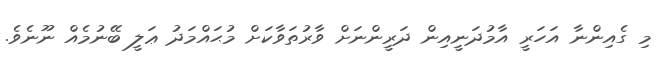
މި ގެއިންނާ އަހަރީ އާމުދަނީއިން ދަރީންނަށް ވާރުތަވާކަށް މުޙައްމަދު ޢަލީ ބޭނުމެއް ނޫނެވެ.